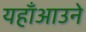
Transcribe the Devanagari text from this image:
यहाँआउने